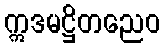
ဣဒမဋ္ဌိတညေဝ